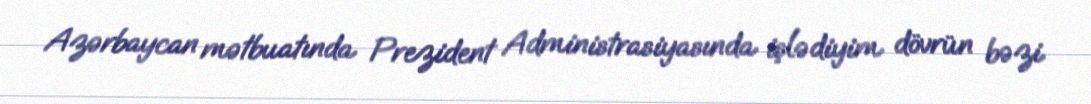
Azərbaycan mətbuatında Prezident Administrasiyasında işlədiyim dövrün bəzi